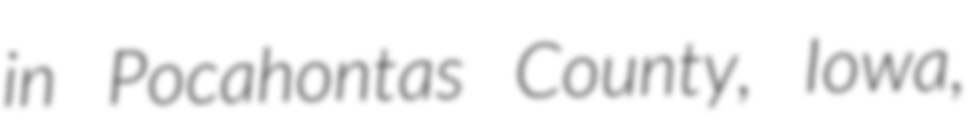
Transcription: in Pocahontas County, Iowa,